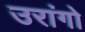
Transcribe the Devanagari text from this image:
उरांगो